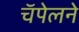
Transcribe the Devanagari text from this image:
चॅपेलने